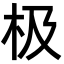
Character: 极